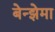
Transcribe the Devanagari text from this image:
बेन्झेमा